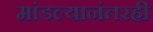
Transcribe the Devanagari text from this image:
मांडल्यानंतरही